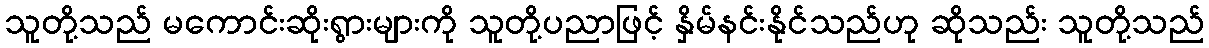
သူတို့သည် မကောင်းဆိုးရွားများကို သူတို့ပညာဖြင့် နှိမ်နင်းနိုင်သည်ဟု ဆိုသည်း သူတို့သည်